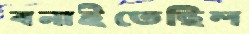
বনাইতেছিল